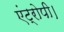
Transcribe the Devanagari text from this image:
एंट्रोपी।